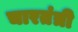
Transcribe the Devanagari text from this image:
चारतंत्री